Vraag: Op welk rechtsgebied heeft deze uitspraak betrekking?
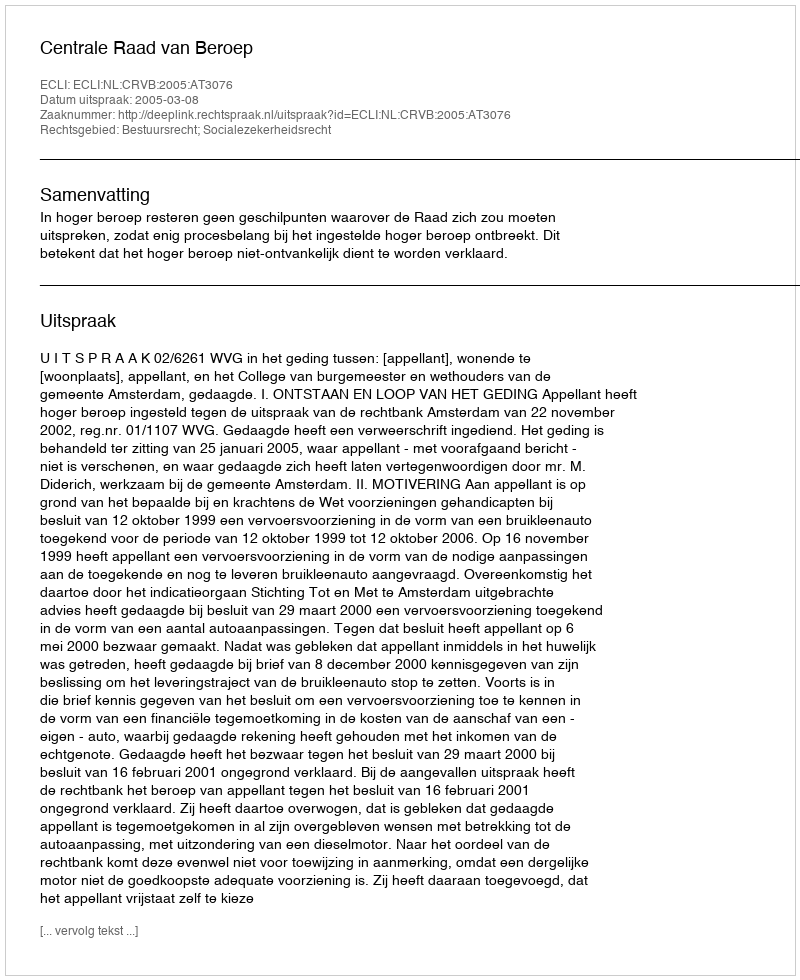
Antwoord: Bestuursrecht; Socialezekerheidsrecht